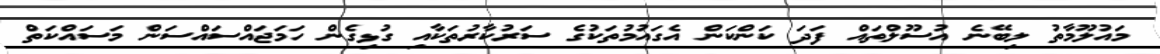
މައުލޫމާތު ލިބޭނެ އުސޫލްތައް ފަދަ ކަންކަން އެގައުމުތަކުގެ ސަރުކާރުތަކާއި ގުޅިގެން ހަމަޖައްސައްސަން މަސައްކަތް